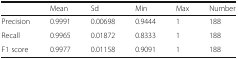
<table><thead><tr><td></td><td><b>Mean</b></td><td><b>Sd</b></td><td><b>Min</b></td><td><b>Max</b></td><td><b>Number</b></td></tr></thead><tbody><tr><td>Precision</td><td>0.9991</td><td>0.00698</td><td>0.9444</td><td>1</td><td>188</td></tr><tr><td>Recall</td><td>0.9965</td><td>0.01872</td><td>0.8333</td><td>1</td><td>188</td></tr><tr><td>F1 score</td><td>0.9977</td><td>0.01158</td><td>0.9091</td><td>1</td><td>188</td></tr></tbody></table>